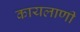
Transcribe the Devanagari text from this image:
कायलाणी